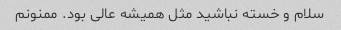
سلام و خسته نباشید مثل همیشه عالی بود. ممنونم